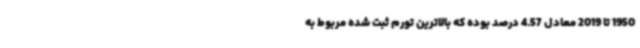
1950 تا 2019 معادل 4.57 درصد بوده که بالاترین تورم ثبت شده مربوط به